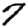
Digit: 7